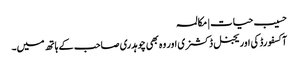
حسیب حیات | مکالمہ
آکسفورڈ کی اوریجنل ڈکشنری اور وہ بھی چوہدری صاحب کے ہاتھ میں۔